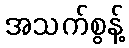
အသက်စွန့်